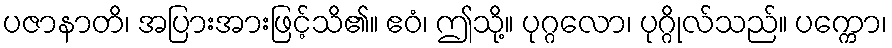
ပဇာနာတိ၊ အပြားအားဖြင့်သိ၏။ ဧဝံ၊ ဤသို့။ ပုဂ္ဂလော၊ ပုဂ္ဂိုလ်သည်။ ပက္ကော၊